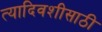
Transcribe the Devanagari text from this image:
त्यादिवशीसाठी